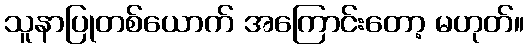
သူနာပြုတစ်ယောက် အကြောင်းတော့ မဟုတ်။